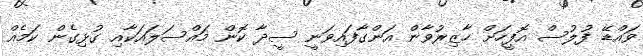
ވައްޑޭ ފުލުސް އޮފީހަށް ހާޒިރުވާން އަންގާފައިވަނީ ސީދާ ކޮން މައްސަލައަކާއި ގުޅިގެން ކަމެއް